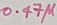
Text: 0.47µ